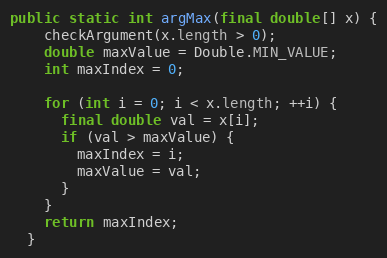
Language: Java
public static int argMax(final double[] x) {
    checkArgument(x.length > 0);
    double maxValue = Double.MIN_VALUE;
    int maxIndex = 0;

    for (int i = 0; i < x.length; ++i) {
      final double val = x[i];
      if (val > maxValue) {
        maxIndex = i;
        maxValue = val;
      }
    }
    return maxIndex;
  }